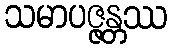
သမာပဇ္ဇန္တဿ